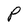
Character: P